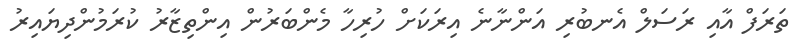
ތަރަފް އާއި ރަސަލް އެނބުރި އަންނާނެ އިރަކަށް ހުރިހާ މެންބަރުން އިންތިޒާރު ކުރަމުންދިޔައިރު